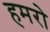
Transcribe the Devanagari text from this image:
हमरो